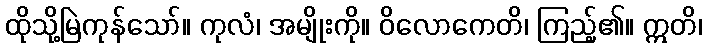
ထိုသို့မြဲကုန်သော်။ ကုလံ၊ အမျိုးကို။ ဝိလောကေတိ၊ ကြည့်၏။ ဣတိ၊